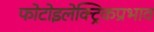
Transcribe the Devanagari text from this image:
फोटोइलेक्ट्रिकप्रभाव